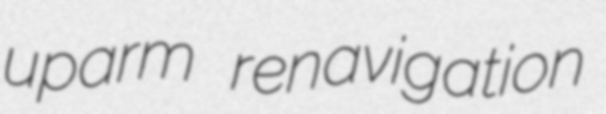
uparm renavigation